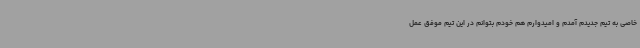
خاصی به تیم جدیدم آمدم و امیدوارم هم خودم بتوانم در این تیم موفق عمل